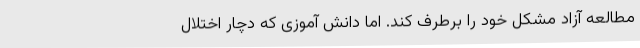
مطالعه آزاد مشکل خود را برطرف کند. اما دانش آموزی که دچار اختلال